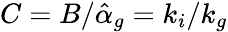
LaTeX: C=B/{\hat{\alpha}_{g}}=k_{i}/k_{g}